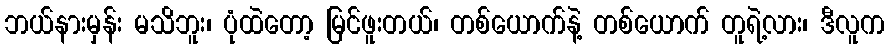
ဘယ်နားမှန်း မသိဘူး၊ ပုံထဲတော့ မြင်ဖူးတယ်၊ တစ်ယောက်နဲ့ တစ်ယောက် တူရဲ့လား၊ ဒီလူက